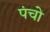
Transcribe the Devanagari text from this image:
पंचो